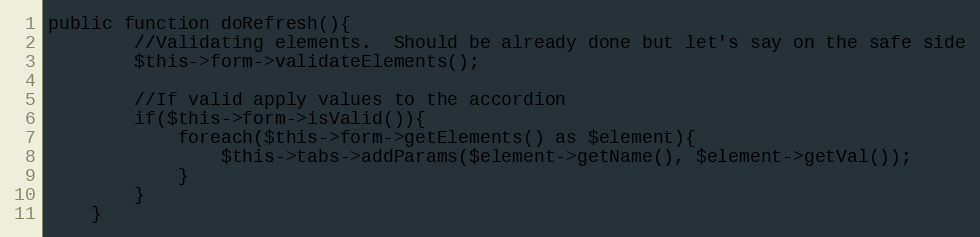
Language: PHP
public function doRefresh(){
		//Validating elements.  Should be already done but let's say on the safe side
		$this->form->validateElements();

		//If valid apply values to the accordion
		if($this->form->isValid()){
			foreach($this->form->getElements() as $element){
				$this->tabs->addParams($element->getName(), $element->getVal());
			}
		}
	}